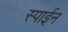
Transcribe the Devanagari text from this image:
स्पाईन